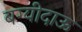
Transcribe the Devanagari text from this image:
बग्यीदाऊ